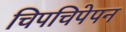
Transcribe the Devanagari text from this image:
चिपचिपेपन